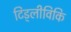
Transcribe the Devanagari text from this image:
टिड्लीविकि